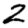
Digit: 2